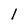
Character: l